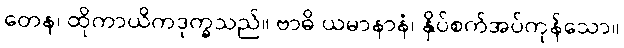
တေန၊ ထိုကာယိကဒုက္ခသည်။ ဗာဓိ ယမာနာနံ၊ နှိပ်စက်အပ်ကုန်သော။